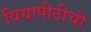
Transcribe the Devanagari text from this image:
विद्यापीठीची